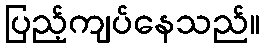
ပြည့်ကျပ်နေသည်။